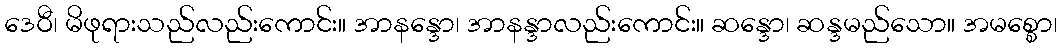
ဒေဝီ၊ မိဖုရားသည်လည်းကောင်း။ အာနန္ဒော၊ အာနန္ဒာလည်းကောင်း။ ဆန္ဒော၊ ဆန္ဒမည်သော။ အမစ္စော၊